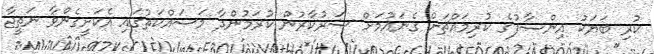
ކުރި ބަޔަކު އިންސާފުގެ ކުރިމައްޗަށް ގެނައުމަށް ސަރުކާރުން ކުރަމުންދާ މަސައްކަތުގައި އެކަށީގެންވާ ނަތީޖާ